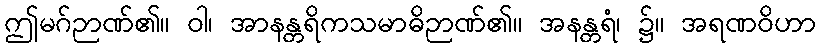
ဤမဂ်ဉာဏ်၏။ ဝါ၊ အာနန္တရိကသမာဓိဉာဏ်၏။ အနန္တရံ၊ ၌။ အရဏဝိဟာ